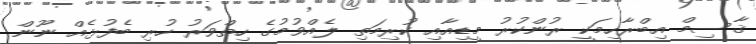
ޤާސިމް އިބްރާހިމަކީ ރުންކުރު މީޑިއާއި ކުރިމަތި ލެއްވުމުގެ ހިތްވަރު ހުރި ބެފުޅެއް ނޫން